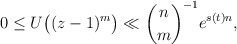
\begin{align*} 0 \leq U\bigl((z-1)^m\bigr) \ll \binom{n}{m}^{-1} e^{s(t) n} , \end{align*}